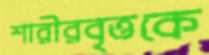
শারীরবৃত্তকে